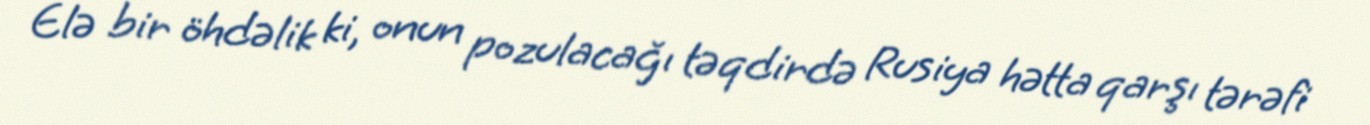
Elə bir öhdəlik ki, onun pozulacağı təqdirdə Rusiya hətta qarşı tərəfi